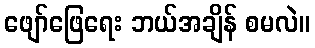
ဖျော်ဖြေရေး ဘယ်အချိန် စမလဲ။